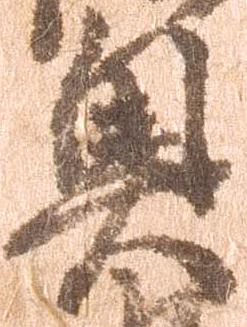
奥